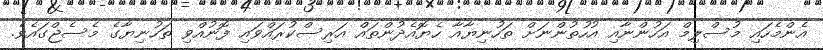
އެންމެހައި މުސްލިމް އަހުންނާއި އުހުތުންނަށް ތަހުނިޔާއާ ހެޔޮއެދުންތައް އަރިސްކުރައްވައި ފޮނުއްވި ތަހުނިޔާގެ މެސެޖްގައެވެ.